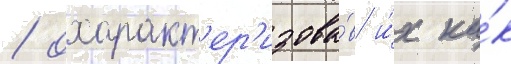
/ охаракт'ер'изова́в и́х ка́к